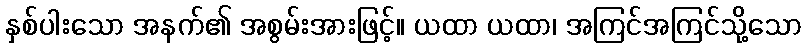
နှစ်ပါးသော အနက်၏ အစွမ်းအားဖြင့်။ ယထာ ယထာ၊ အကြင်အကြင်သို့သော